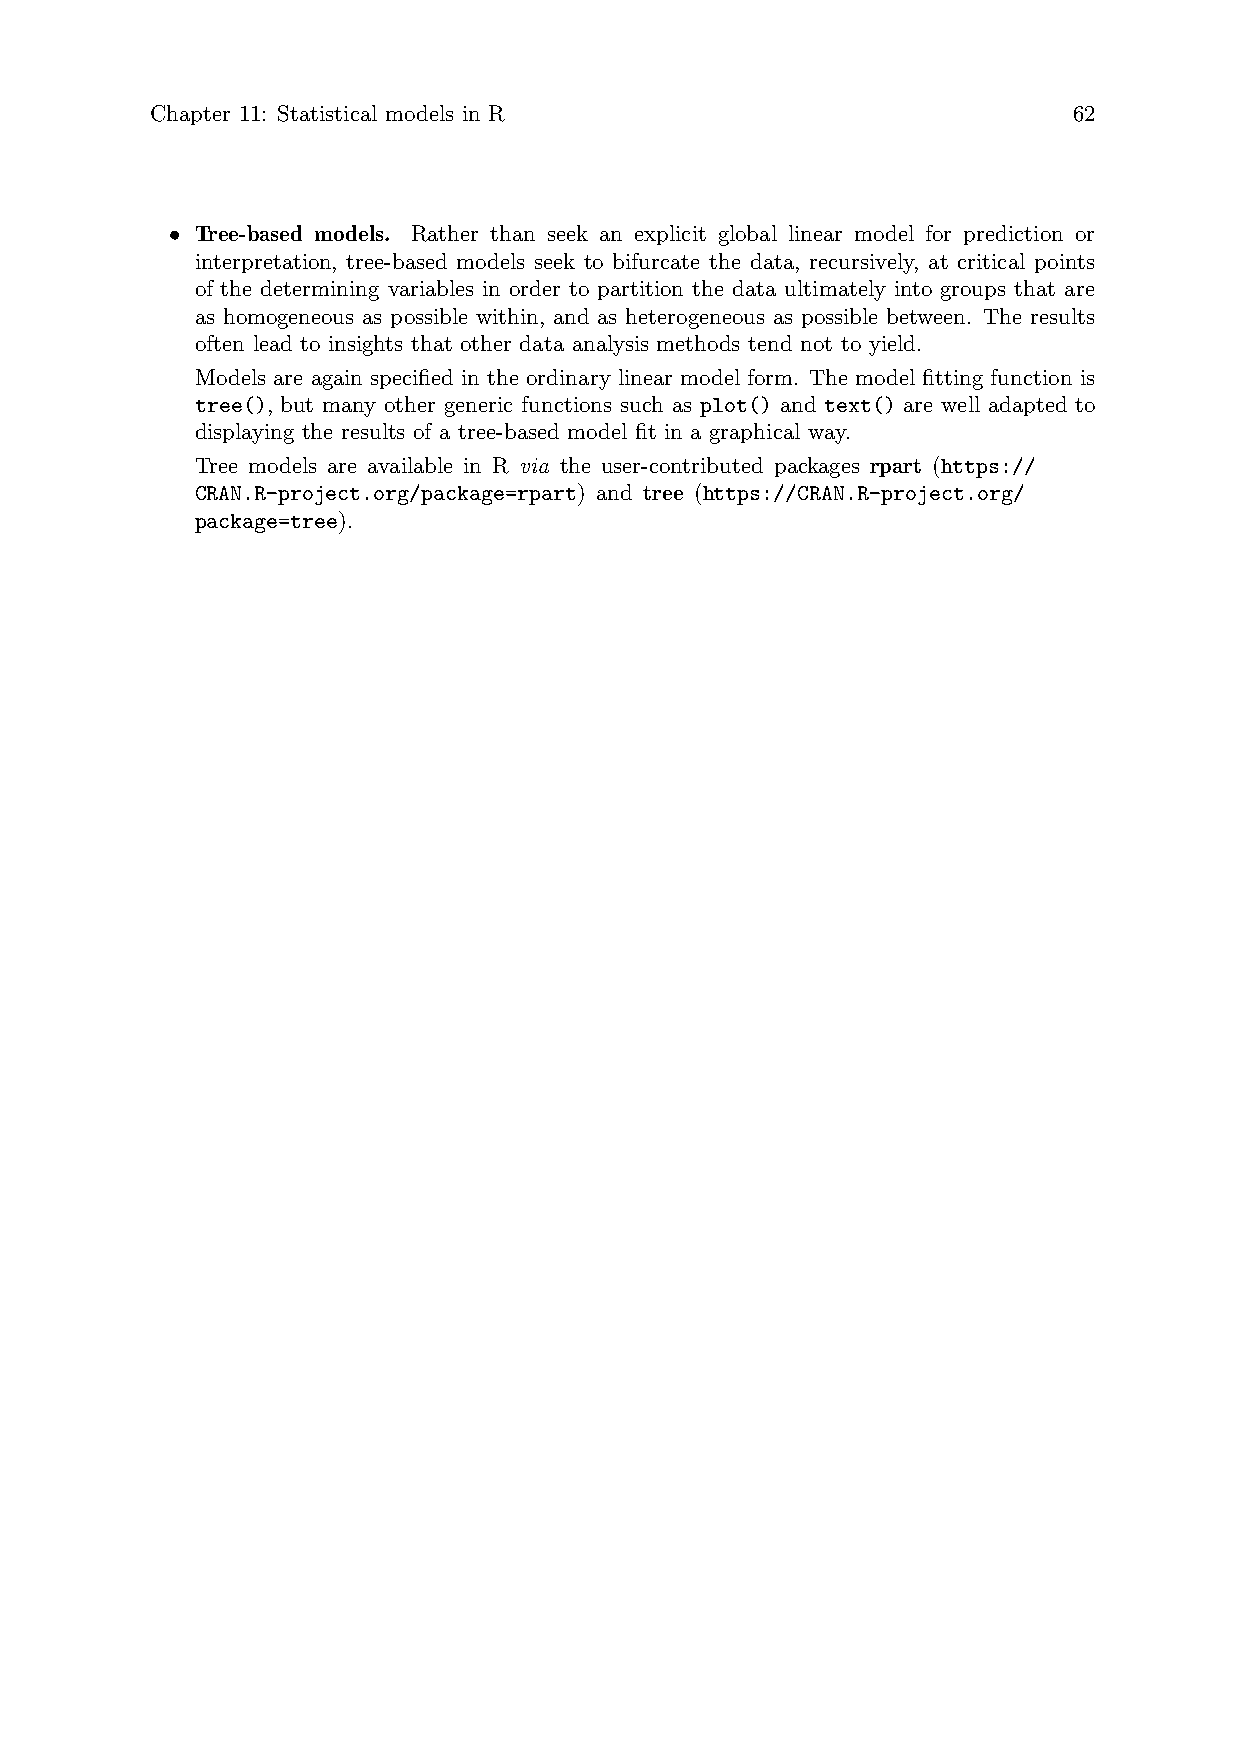
Chapter 11: Statistical models in R                          62
 • Tree-based models. Rather than seek an explicit global linear model for prediction or
 interpretation, tree-based models seek to bifurcate the data, recursively, at critical points
 of the determining variables in order to partition the data ultimately into groups that are
 as homogeneous as possible within, and as heterogeneous as possible between. The results
 often lead to insights that other data analysis methods tend not to yield.
 Models are again specified in the ordinary linear model form. The model fitting function is
 tree(), but many other generic functions such as plot() and text() are well adapted to
 displaying the results of a tree-based model fit in a graphical way.
 Tree models are available in R via the user-contributed packages rpart (https://
 CRAN.R-project.org/package=rpart) and tree (https://CRAN.R-project.org/
 package=tree).